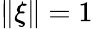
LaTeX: \| \xi\| =1